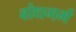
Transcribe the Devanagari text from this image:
बोधगर्भ